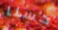
حسنا